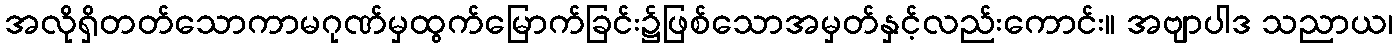
အလိုရှိတတ်သောကာမဂုဏ်မှထွက်မြောက်ခြင်း၌ဖြစ်သောအမှတ်နှင့်လည်းကောင်း။ အဗျာပါဒ သညာယ၊